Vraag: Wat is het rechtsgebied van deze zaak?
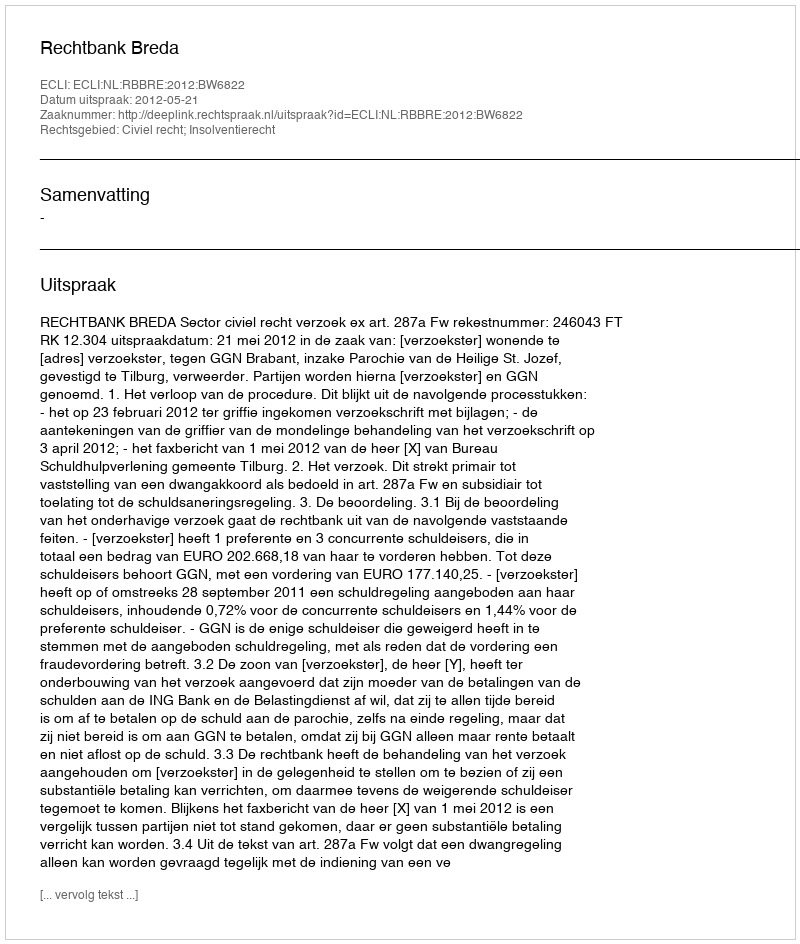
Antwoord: Civiel recht; Insolventierecht